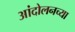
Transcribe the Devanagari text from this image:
आंदोलनच्या